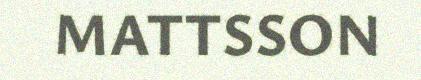
MATTSSON